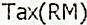
TAX(RM)